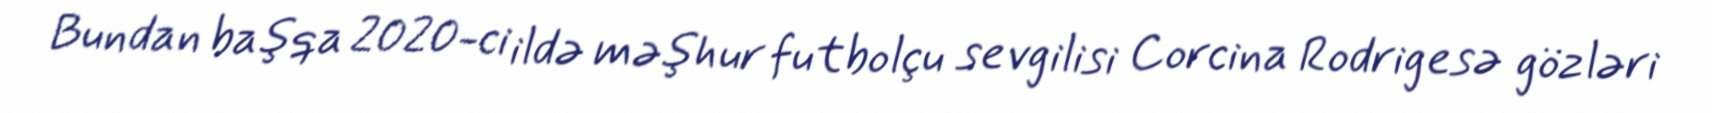
Bundan başqa 2020-ci ildə məşhur futbolçu sevgilisi Corcina Rodrigesə gözləri